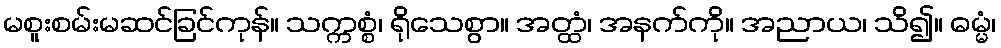
မစူးစမ်းမဆင်ခြင်ကုန်။ သက္ကစ္စံ၊ ရိုသေစွာ။ အတ္ထံ၊ အနက်ကို။ အညာယ၊ သိ၍။ ဓမ္မံ၊